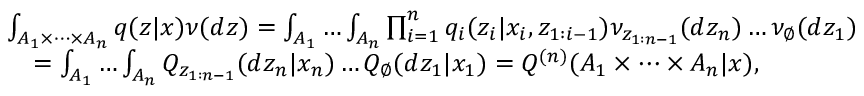
\begin{array} { r l } & { \int _ { A _ { 1 } \times \dots \times A _ { n } } q ( z | x ) \nu ( d z ) = \int _ { A _ { 1 } } \dots \int _ { A _ { n } } \prod _ { i = 1 } ^ { n } q _ { i } ( z _ { i } | x _ { i } , z _ { 1 : i - 1 } ) \nu _ { z _ { 1 : n - 1 } } ( d z _ { n } ) \dots \nu _ { \varnothing } ( d z _ { 1 } ) } \\ & { \quad = \int _ { A _ { 1 } } \dots \int _ { A _ { n } } Q _ { z _ { 1 : n - 1 } } ( d z _ { n } | x _ { n } ) \dots Q _ { \varnothing } ( d z _ { 1 } | x _ { 1 } ) = Q ^ { ( n ) } ( A _ { 1 } \times \dots \times A _ { n } | x ) , } \end{array}